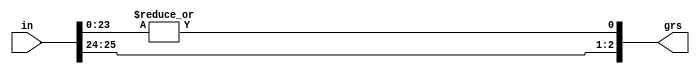
module find_grs(in, grs);
    input wire [25:0] in;
    output wire [2:0] grs;

    assign grs = {in[25:24], |in[23:0]};
endmodule